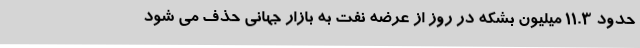
حدود 11.3 میلیون بشکه در روز از عرضه نفت به بازار جهانی حذف می شود